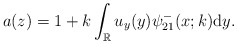
\begin{align*}a(z)=1+k \int_{\mathbb{R}} u_y(y) \psi^-_{21}(x;k) \mathrm{d}y.\end{align*}